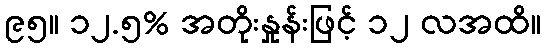
၉၅။ ၁၂.၅% အတိုးနှုန်းဖြင့် ၁၂ လအထိ။